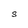
Character: S